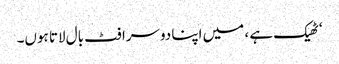
‘ٹھیک ہے ، میں اپنا دوسرا فٹ بال لاتا ہوں۔